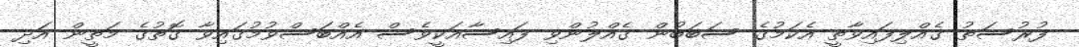
ފުރުސަތު ގެއްލިފައިވާތީ އެކަމުގެ ސަބަބުން ގެއްލުންވި ފައިސާއަކީވެސް އެއްބަސްވުމުގައިވާ ގޮތުގެ މަތީން އަދި